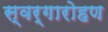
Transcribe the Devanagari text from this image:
स्‍वर्गारोहण